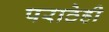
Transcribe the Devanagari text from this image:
पराठेही